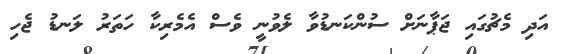
އަދި މެޗުގައި ޖަޕާނަށް ސުންކަނޑުވާ ލެވުނީ ވެސް އެމެރިކާ ހަތަރު ލަނޑު ޖެހި